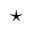
^ { \star }